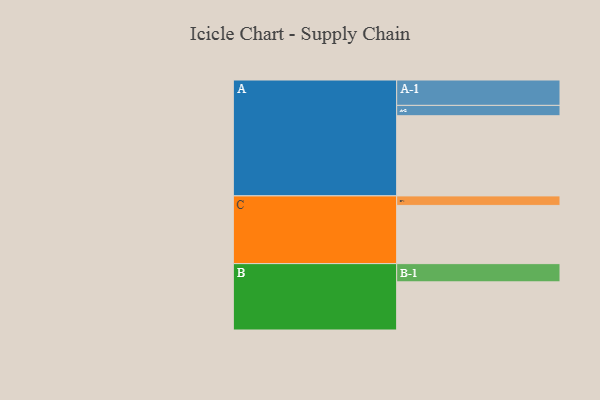
{"axis": {"x": "Segment", "y": "Value"}, "legend": ["", "A", "B", "C"], "data": [{"x": "A", "y": 581, "type": ""}, {"x": "B", "y": 349, "type": ""}, {"x": "C", "y": 422, "type": ""}, {"x": "A-1", "y": 184, "type": "A"}, {"x": "A-2", "y": 75, "type": "A"}, {"x": "B-1", "y": 132, "type": "B"}, {"x": "C-1", "y": 69, "type": "C"}]}